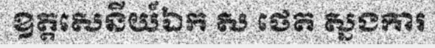
ឧត្តសេនីយ៍ឯក ស ថេត ស្នងការ